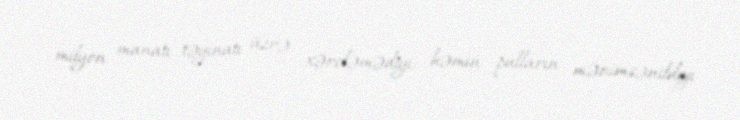
milyon manatı təyinatı üzrə xərcləmədiyi, həmin pulların mənimsənildiyi